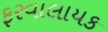
ફરવાલાયક